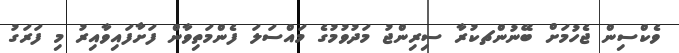
ވެކްސިން ޖެހުމަށް ބޭނުންޗކުރާ ސިރިންޖު މަދުވުމުގެ މައްސަލަ ފެންމަތިވާން ފަށާފައިވާއިރު މި ފަރަގު